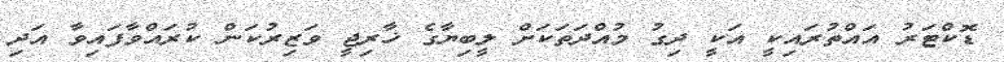
ޑޮކްޓަރު އައްތުރައިކީ އަކީ ދިގު މުއްދަތަކަށް ލީބިޔާގެ ޚާރިޖީ ވަޒިރުކަން ކުރައްވާފައިވާ އަދި